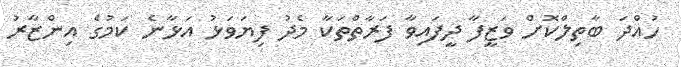
ހުއްދަ ބާތިލްކޮށް ވަޒީފާ ދީފައިވާ ފަރާތްތަކާ މެދު ފިޔަވަޅު އަޅާނެ ކަމުގެ އިންޒާރު